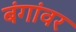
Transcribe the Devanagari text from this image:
बंगांवर